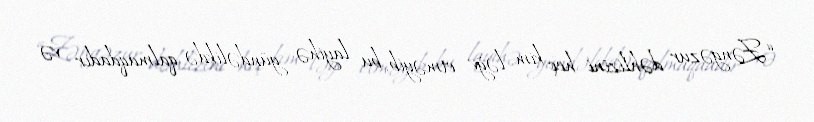
“Zəngəzur dəhlizini heç kim ləğv etməyib, bu layihə gündəlikdə qalmaqdadır və